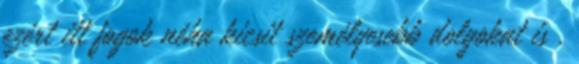
ezért itt fogok néha kicsit személyesebb dolgokat is .